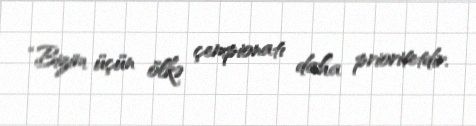
“Bizim üçün ölkə çempionatı daha prioritetdir.